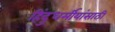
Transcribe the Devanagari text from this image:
हिंदुधर्मीयांसाठी